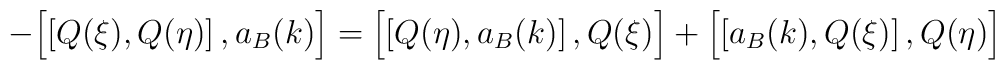
- \Bigl[ \left[ Q(\xi) , Q(\eta) \right] , a_B (k) \Bigr] = \Bigl[ \left[    Q(\eta) , a_B (k) \right] , Q(\xi) \Bigr] + \Bigl[ \left[ a_B (k) ,    Q(\xi) \right] , Q(\eta) \Bigr]